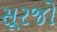
સૂરજો